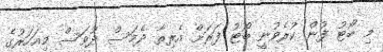
މި ބޯޓު ފުން ކުރެވުނީ ބޯޓު ފަރަށް އެރިތާ ދެމަސް ދުވަސް މިއަހަރުގެ